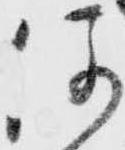
何